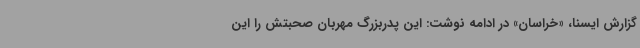
گزارش ایسنا، «خراسان» در ادامه نوشت: این پدربزرگ مهربان صحبتش را این